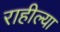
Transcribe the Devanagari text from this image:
राहील्या